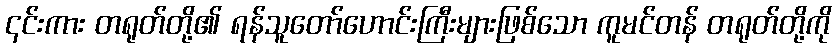
၎င်းကား တရုတ်တို့၏ ရန်သူတော်ဟောင်းကြီးများဖြစ်သော ကူမင်တန် တရုတ်တို့ကို